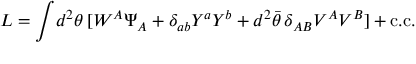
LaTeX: L = \int \! d ^ { 2 } \theta \, [ W ^ { A } \Psi _ { A } + \delta _ { a b } Y ^ { a } Y ^ { b } + d ^ { 2 } \bar { \theta } \, \delta _ { A B } { \cal V } ^ { A } { \cal V } ^ { B } ] + \mathrm { c . c . }